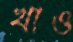
খাও